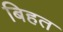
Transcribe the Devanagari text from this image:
बिहत